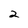
Character: 2